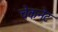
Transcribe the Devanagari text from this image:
चेकनेट